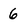
Character: 6